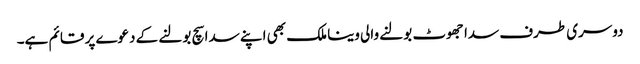
دوسری طرف سدا جھوٹ بولنے والی وینا ملک بھی اپنے سدا سچ بولنے کے دعوے پر قائم ہے۔